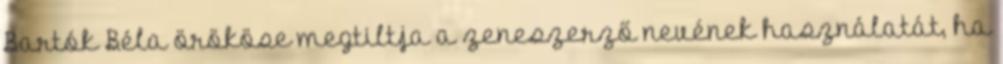
Bartók Béla örököse megtiltja a zeneszerző nevének használatát, ha